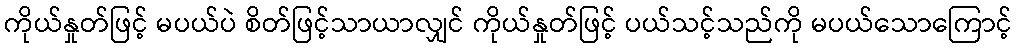
ကိုယ်နှုတ်ဖြင့် မပယ်ပဲ စိတ်ဖြင့်သာယာလျှင် ကိုယ်နှုတ်ဖြင့် ပယ်သင့်သည်ကို မပယ်သောကြောင့်